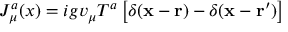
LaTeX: J _ { \mu } ^ { a } ( x ) = i g v _ { \mu } T ^ { a } \left[ \delta ( { \bf x } - { \bf r } ) - \delta ( { \bf x } - { \bf r } ^ { \prime } ) \right]